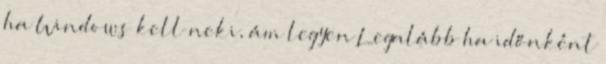
ha Windows kell neki, ám legyen Legalább ha időnként